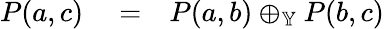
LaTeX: \begin{array}{rlr}{P(a,c)}&{{}=}&{P(a,b)\oplus_{\mathbb{Y}}P(b,c)}\end{array}